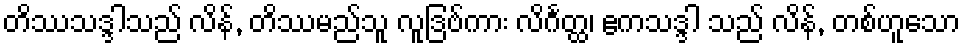
တိဿသဒ္ဒါသည် လိန်, တိဿမည်သူ လူဒြဗ်ကား လိင်္ဂတ္ထ၊ ဧကသဒ္ဒါ သည် လိန်, တစ်ဟူသော